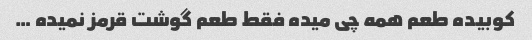
کوبیده طعم همه چی میده فقط طعم گوشت قرمز نمیده …